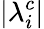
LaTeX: \left|\lambda_{i}^{c}\right|